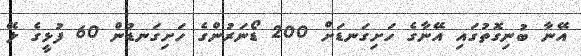
އޭނާ ބުނިގޮތުގައި އޭނާގެ ހަށިގަނޑަށް 200 ޑޯނަރުންގެ ހަށިގަނޑުން 60 ފުޅީގެ ލޭ